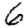
Digit: 6